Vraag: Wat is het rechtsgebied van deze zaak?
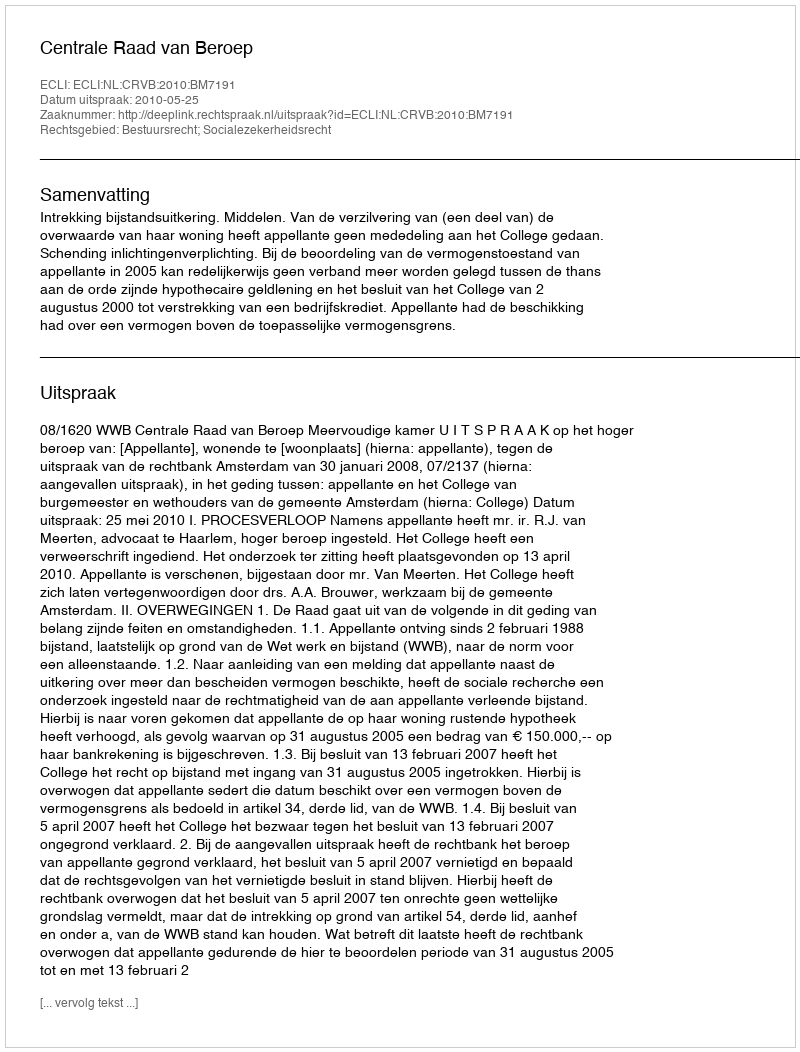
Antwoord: Bestuursrecht; Socialezekerheidsrecht